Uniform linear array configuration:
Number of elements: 24
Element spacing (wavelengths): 0.5
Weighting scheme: blackman
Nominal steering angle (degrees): -60
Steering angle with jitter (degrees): -61.052
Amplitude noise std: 0.05
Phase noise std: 0.05

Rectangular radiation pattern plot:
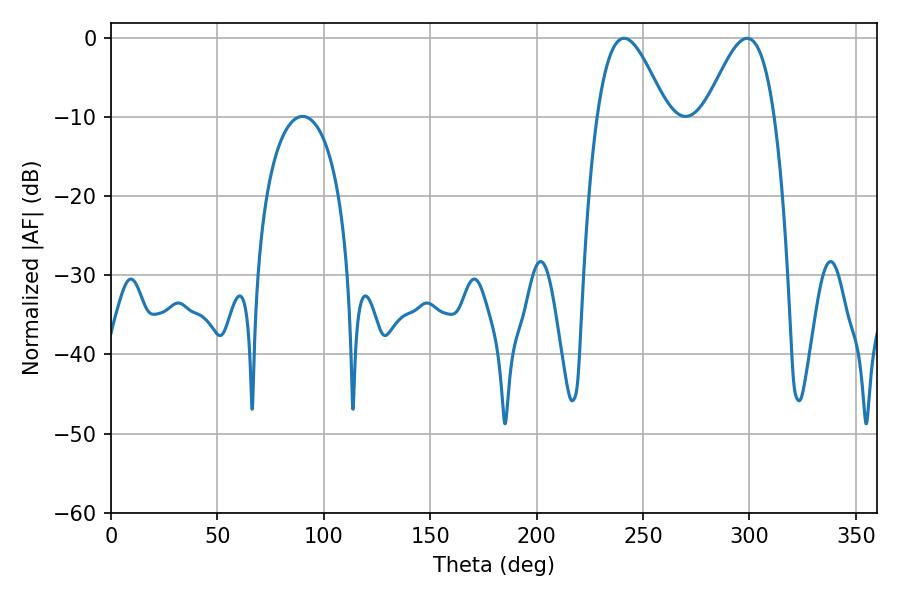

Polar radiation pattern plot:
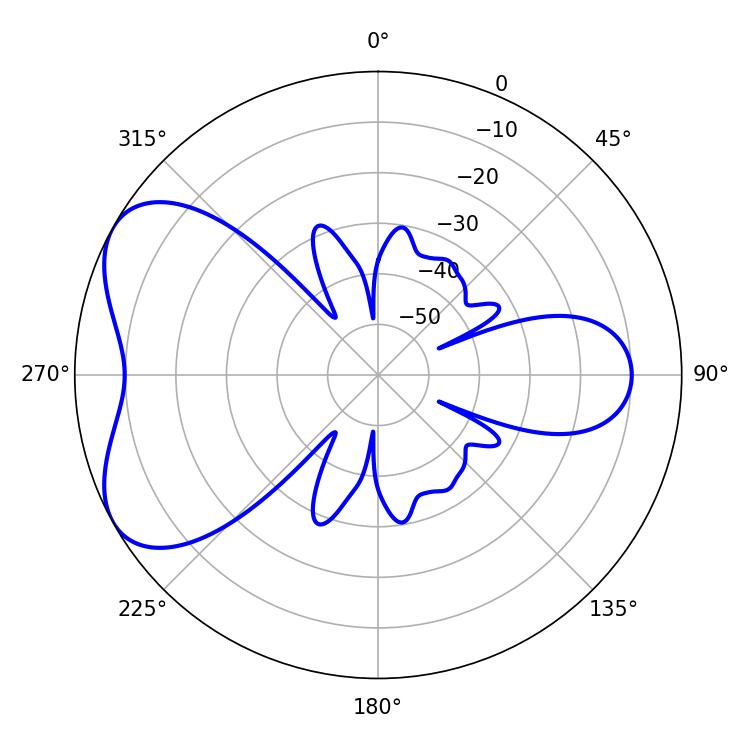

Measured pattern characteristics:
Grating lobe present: FALSE
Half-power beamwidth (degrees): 17.46
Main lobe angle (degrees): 241.02